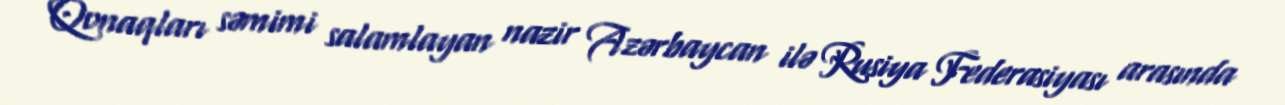
Qonaqları səmimi salamlayan nazir Azərbaycan ilə Rusiya Federasiyası arasında